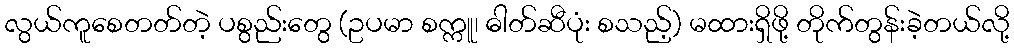
လွယ်ကူစေတတ်တဲ့ ပစွည်းတွေ (ဥပမာ စက္ကူ၊ ဓါတ်ဆီပုံး စသည့်) မထားရှိဖို့ တိုက်တွန်းခဲ့တယ်လို့